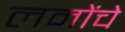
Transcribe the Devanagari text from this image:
लमोंचे